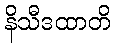
နိသီဒထာတိ